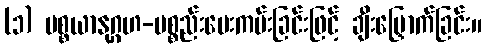
(၁) ပစ္စယာနုဂ္ဂဟ-ပစ္စည်းပေးကမ်းခြင်းဖြင့် ချီးမြှောက်ခြင်း။